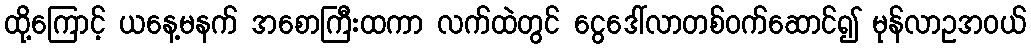
ထို့ကြောင့် ယနေ့မနက် အစောကြီးထကာ လက်ထဲတွင် ငွေဒေါ်လာတစ်ဝက်ဆောင်၍ မုန်လာဥအဝယ်